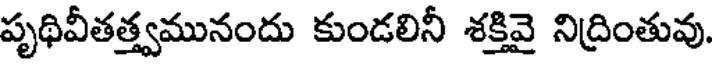
పృథివీతత్త్వమునందు కుండలినీ శక్తివై నిద్రింతువు.